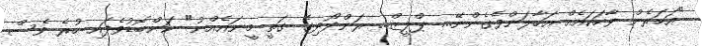
"އަހަރެން ވާހަކައެއް އަހާލަންވެގެންނޭ... ޕްލީޒް... ރަންދޯދިގެ ގަތީ މީނައެއްނު" ކަންބޮޑުވެފައި ހުރެ ވެސް